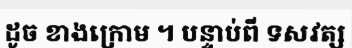
ដូច ខាងក្រោម ។ បន្ទាប់ពី ទសវត្ស